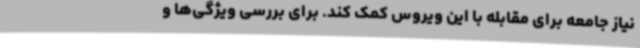
نیاز جامعه برای مقابله با این ویروس کمک کند. برای بررسی ویژگی‌ها و